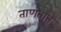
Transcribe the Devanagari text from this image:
ताणतात